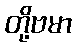
တို့ဗမာ